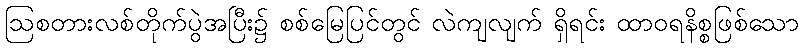
ဩစတားလစ်တိုက်ပွဲအပြီး၌ စစ်မြေပြင်တွင် လဲကျလျက် ရှိရင်း ထာဝရနိစ္စဖြစ်သော